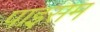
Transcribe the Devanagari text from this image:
पाइसम